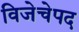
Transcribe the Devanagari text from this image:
विजेचेपद